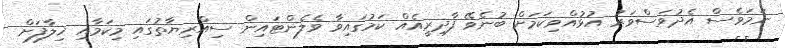
ނަމަވެސް އެދުވަސްވަރު އުޅުއްވިކަމަށް ބުނެވޭ ފާދިރީއެއް ކަމުގައިވާ ވެލެންޓައިން ސިއްރިޔާތުގައި މިކަމާއި ޚިލާފަށް